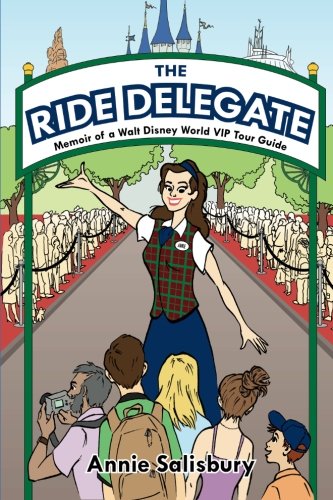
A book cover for The Ride Delegate: Memoir of a Walt Disney World VIP Tour Guide; Annie Salisbury; Travel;